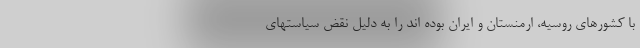
با کشورهای روسیه، ارمنستان و ایران بوده اند را به دلیل نقض سیاستهای